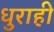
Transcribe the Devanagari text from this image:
धुराही